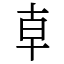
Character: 𠦝